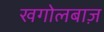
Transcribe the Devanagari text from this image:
खगोलबाज़